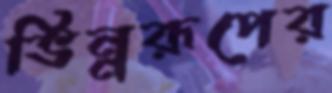
ভিন্নরূপের